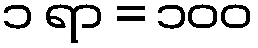
၁ ရာ = ၁၀၀